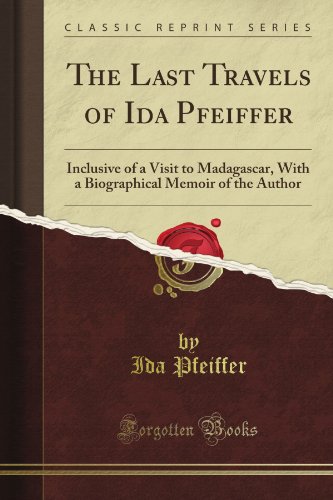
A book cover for The Last Travels of Ida Pfeiffer: Inclusive of a Visit to Madagascar, With a Biographical Memoir of the Author (Classic Reprint); Ida Pfeiffer; Travel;